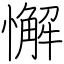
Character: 懈